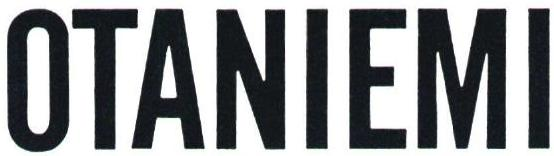
OTANIEMI